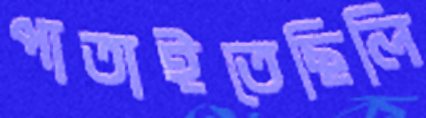
পাতাইতেছিলি